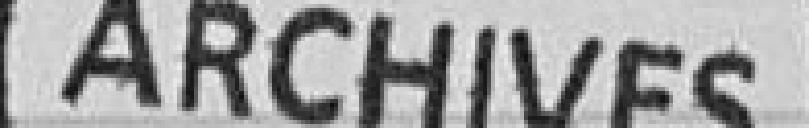
Archives